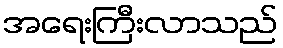
အရေးကြီးလာသည်